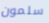
سلمون